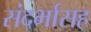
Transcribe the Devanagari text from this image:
संदर्भासह